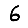
Digit: 6